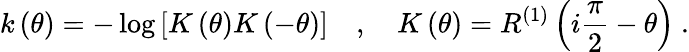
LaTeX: k\left(\theta\right)=-\log\left[K\left(\theta\right)K\left(-\theta\right)\right]\quad,\quad K\left(\theta\right)=R^{(1)}\left(i\frac{\pi}{2}-\theta\right)\ .